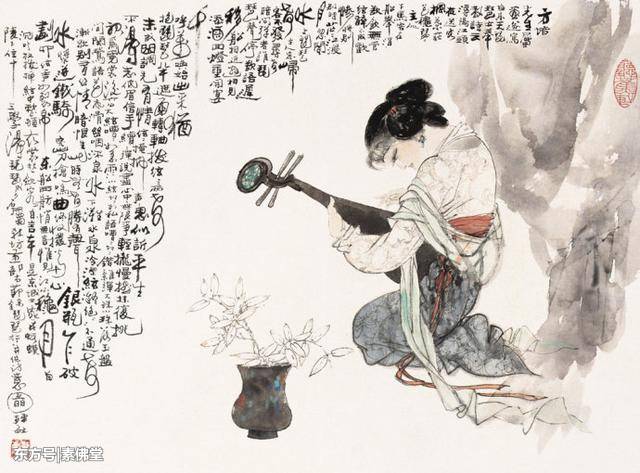
望庐思其人，入室想所历。